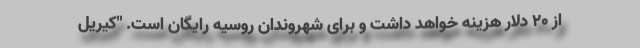
از ۲۰ دلار هزینه خواهد داشت و برای شهروندان روسیه رایگان است. "کیریل